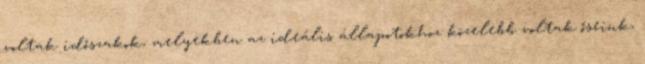
voltak időszakok, melyekben az ideális állapotokhoz közelebb voltak őseink,